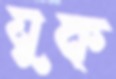
যুক্